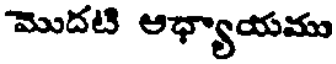
మొదటి ఆధ్యాయము